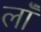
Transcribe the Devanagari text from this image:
लॉं